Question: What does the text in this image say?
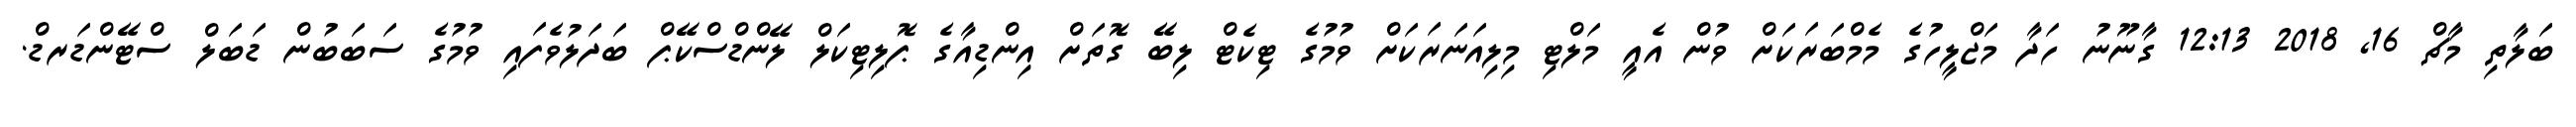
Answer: ބަލާތި މާޗް 16, 2018 12:13 ގާނޫނު ހަދާ މަޖްލީހުގެ މެމްބަރަކަށް ވުން އެއީ މަލްޓި މިލިއަނަރަކަށް ވުމުގެ ޓިކެޓް ލިބޭ ގޮތަށް އިންޑިއާގެ ޕޮލިޓިކަލް ލޭންޑްސްކޭޕް ބަދަލުވެފައި ވުމުގެ ސަބަބުން ޑަބަލް ސްޓޭންޑަރޑް.